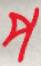
প